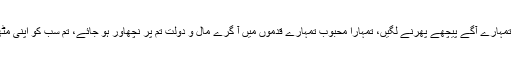
کچھ ایسا ہو جس سے یہ تمہیں تنگ کرنے والے لوگ تمہارے آگے پیچھے پھرنے لگیں، تمہارا محبوب تمہارے قدموں میں آ گرے مال و دولت تم پر نچھاور ہو جائے، تم سب کو اپنی مٹھی میں کر کے دنیا پر راج کرو کیا تم یہ نہیں چاہتیں؟